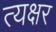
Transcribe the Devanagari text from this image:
त्यक्षर